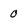
Character: 0